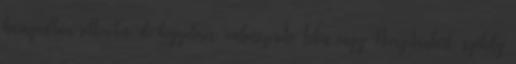
haragodban rettenetes, de kegyelmes, emberszeretõ Isten vagy Nemzetünkért, székely